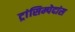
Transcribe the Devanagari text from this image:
ट्रांसिम्पेदांस